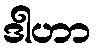
ဒါဟာ